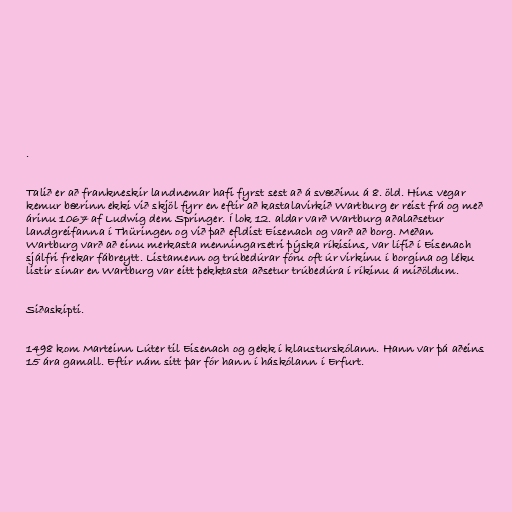
.

Talið er að frankneskir landnemar hafi fyrst sest að á svæðinu á 8. öld. Hins vegar
kemur bærinn ekki við skjöl fyrr en eftir að kastalavirkið Wartburg er reist frá og með
árinu 1067 af Ludwig dem Springer. Í lok 12. aldar varð Wartburg aðalaðsetur
landgreifanna í Thüringen og við það efldist Eisenach og varð að borg. Meðan
Wartburg varð að einu merkasta menningarsetri þýska ríkisins, var lífið í Eisenach
sjálfri frekar fábreytt. Listamenn og trúbedúrar fóru oft úr virkinu í borgina og léku
listir sínar en Wartburg var eitt þekktasta aðsetur trúbedúra í ríkinu á miðöldum.

Siðaskipti.

1498 kom Marteinn Lúter til Eisenach og gekk í klausturskólann. Hann var þá aðeins
15 ára gamall. Eftir nám sitt þar fór hann í háskólann í Erfurt.